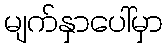
မျက်နှာပေါ်မှာ